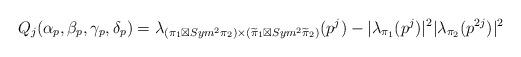
LaTeX: \begin{align*}Q_j(\alpha_p,\beta_p,\gamma_p,\delta_p)=\lambda_{ (\pi_1\boxtimes Sym^2\pi_2) \times(\widetilde\pi_1\boxtimes Sym^2\widetilde\pi_2) }(p^j)-|\lambda_{\pi_1}( p^j)|^2 |\lambda_{\pi_2}( p^{2j})|^2\end{align*}